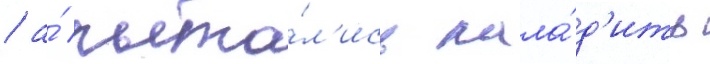
/ а́ пыта́л'ись нала́д'ить